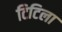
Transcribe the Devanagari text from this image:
टिटिला